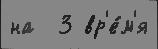
на  3 вр'е́м'я